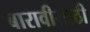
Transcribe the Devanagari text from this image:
बारावीसाठी